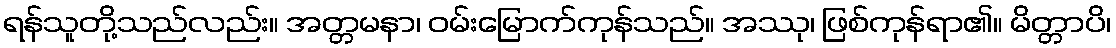
ရန်သူတို့သည်လည်း။ အတ္တမနာ၊ ဝမ်းမြောက်ကုန်သည်။ အဿု၊ ဖြစ်ကုန်ရာ၏။ မိတ္တာပိ၊